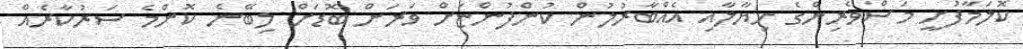
ކޮލަމާފުށީ މަސްވެރިންގެ ޚިޔާލާއި އެއްބާރުލުން ކުންފުންޏަށް ވަރަށް ބޮޑަށް ލިބޭނެ ކޮންމެ ސަރުކާރެއް